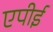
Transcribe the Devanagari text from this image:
एपीई